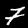
Digit: 7